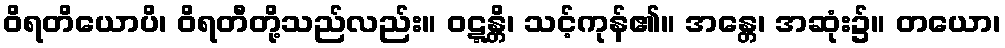
ဝိရတိယောပိ၊ ဝိရတီတို့သည်လည်း။ ဝဋ္ဋန္တိ၊ သင့်ကုန်၏။ အန္တေ၊ အဆုံး၌။ တယော၊